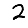
Digit: 2